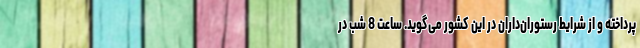
پرداخته و از شرایط رستوران‌داران در این کشور می‌گوید. ساعت 8 شب در